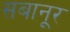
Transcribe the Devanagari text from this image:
सबानूर